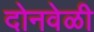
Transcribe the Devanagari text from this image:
दोनवेळी